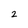
Character: 2